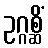
ဥဂ္ဂစ္ဆိံ